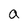
Character: a